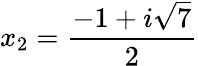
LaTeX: x_{2}=\frac{-1+i\sqrt{7}}{2}